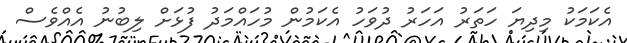
އެކަމަކު މިދިޔަ ހަތަރު އަހަރު ދުވަހު އެކަމުން މުހައްމަދު ފުޅަށް ލިބުނު އެއްވެސް